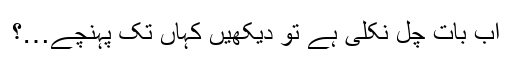
اَب بات چل نکلی ہے تو دیکھیں کہاں تک پہنچے…؟